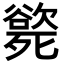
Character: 𣩭